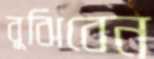
বুঝিবেন